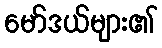
မော်ဒယ်များ၏